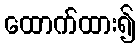
ထောက်ထား၍